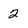
Character: 2